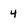
Character: 4